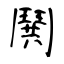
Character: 鬨